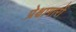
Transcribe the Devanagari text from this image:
प्रेक्षागारों